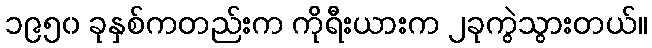
၁၉၅၀ ခုနှစ်ကတည်းက ကိုရီးယားက ၂ခုကွဲသွားတယ်။